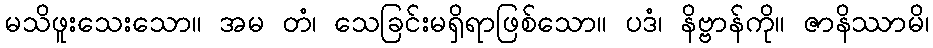
မသိဖူးသေးသော။ အမ တံ၊ သေခြင်းမရှိရာဖြစ်သော။ ပဒံ၊ နိဗ္ဗာန်ကို။ ဇာနိဿာမိ၊